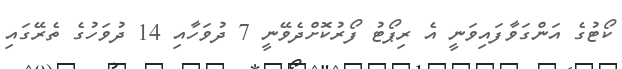
ކޯޓުގެ އަންގަވާފައިވަނީ އެ ރިޕޯޓު ފޯރުކޮށްދެވޭނީ 7 ދުވަހާއި 14 ދުވަހުގެ ތެރޭގައި